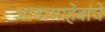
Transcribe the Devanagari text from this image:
आबासाहेबांचे